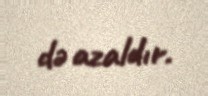
də azaldır.